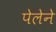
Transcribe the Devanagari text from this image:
पेलेने